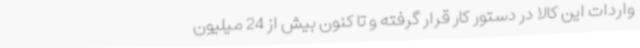
واردات این کالا در دستور کار قرار گرفته و تا کنون بیش از 24 میلیون